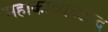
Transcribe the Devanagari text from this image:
महाकाव्यच्छन्द